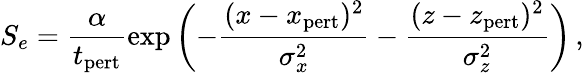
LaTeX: S_{e}=\frac{\alpha}{t_{\mathrm{pert}}}\exp\left({-\frac{(x-x_{\mathrm{pert}})^{2}}{\sigma_{x}^{2}}-\frac{(z-z_{\mathrm{pert}})^{2}}{\sigma_{z}^{2}}}\right)\, ,